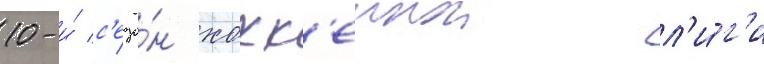
10-и́ с'езо́н хокк'еинои л'и́г'и